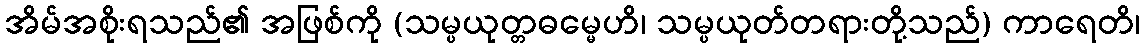
အိမ်အစိုးရသည်၏ အဖြစ်ကို (သမ္ပယုတ္တဓမ္မေဟိ၊ သမ္ပယုတ်တရားတို့သည်) ကာရေတိ၊